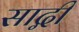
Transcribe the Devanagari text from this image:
साद्गी